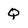
Character: q